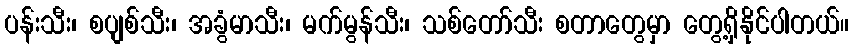
ပန်းသီး၊ စပျစ်သီး၊ အခွံမာသီး၊ မက်မွန်သီး၊ သစ်တော်သီး စတာတွေမှာ တွေ့ရှိနိုင်ပါတယ်။